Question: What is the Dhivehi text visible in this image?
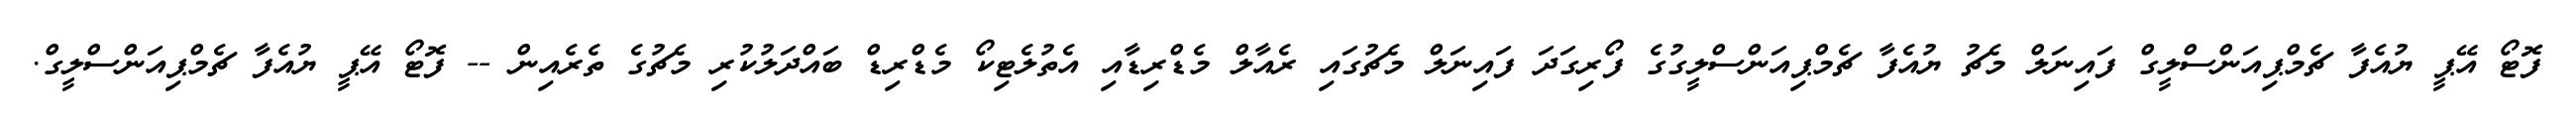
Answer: ފޮޓޯ އޭޕީ ޔުއެފާ ޗެމްޕިއަންސްލީގް ފައިނަލް މެޗު ޔުއެފާ ޗެމްޕިއަންސްލީގުގެ ފޯރިގަދަ ފައިނަލް މެޗުގައި ރެއާލް މެޑްރިޑާއި އެތުލެޓިކޯ މެޑްރިޑް ބައްދަލުކުރި މެޗުގެ ތެރެއިން -- ފޮޓޯ އޭޕީ ޔުއެފާ ޗެމްޕިއަންސްލީގް.